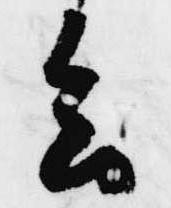
会